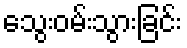
သွေးဝမ်းသွားခြင်း